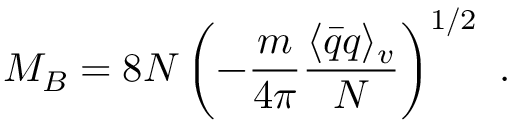
M _ { B } = 8 N \left( - \frac { m } { 4 \pi } \frac { \langle \bar { q } q \rangle _ { v } } { N } \right) ^ { 1 / 2 } \ .